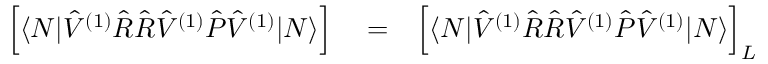
\begin{array} { r l r } { \Big [ \langle N | \hat { V } ^ { ( 1 ) } \hat { R } \hat { R } \hat { V } ^ { ( 1 ) } \hat { P } \hat { V } ^ { ( 1 ) } | N \rangle \Big ] } & { { } = } & { \Big [ \langle N | \hat { V } ^ { ( 1 ) } \hat { R } \hat { R } \hat { V } ^ { ( 1 ) } \hat { P } \hat { V } ^ { ( 1 ) } | N \rangle \Big ] _ { { L } } } \end{array}